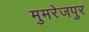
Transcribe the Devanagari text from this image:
मुमरेजपुर